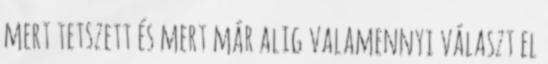
mert tetszett és mert már alig valamennyi választ el